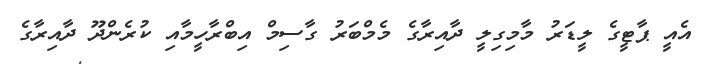
އެއީ ޕާޓީގެ ލީޑަރު މާމިގިލީ ދާއިރާގެ މެމްބަރު ގާސިމް އިބްރާހީމާއި ކުރެންދޫ ދާއިރާގެ